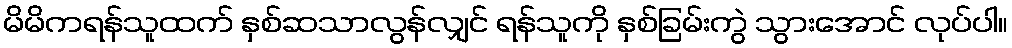
မိမိကရန်သူထက် နှစ်ဆသာလွန်လျှင် ရန်သူကို နှစ်ခြမ်းကွဲ သွားအောင် လုပ်ပါ။